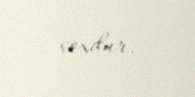
çoxdur.